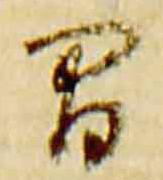
間